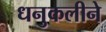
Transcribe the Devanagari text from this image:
धनुकलीने